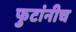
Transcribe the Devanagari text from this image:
फुटांनीच